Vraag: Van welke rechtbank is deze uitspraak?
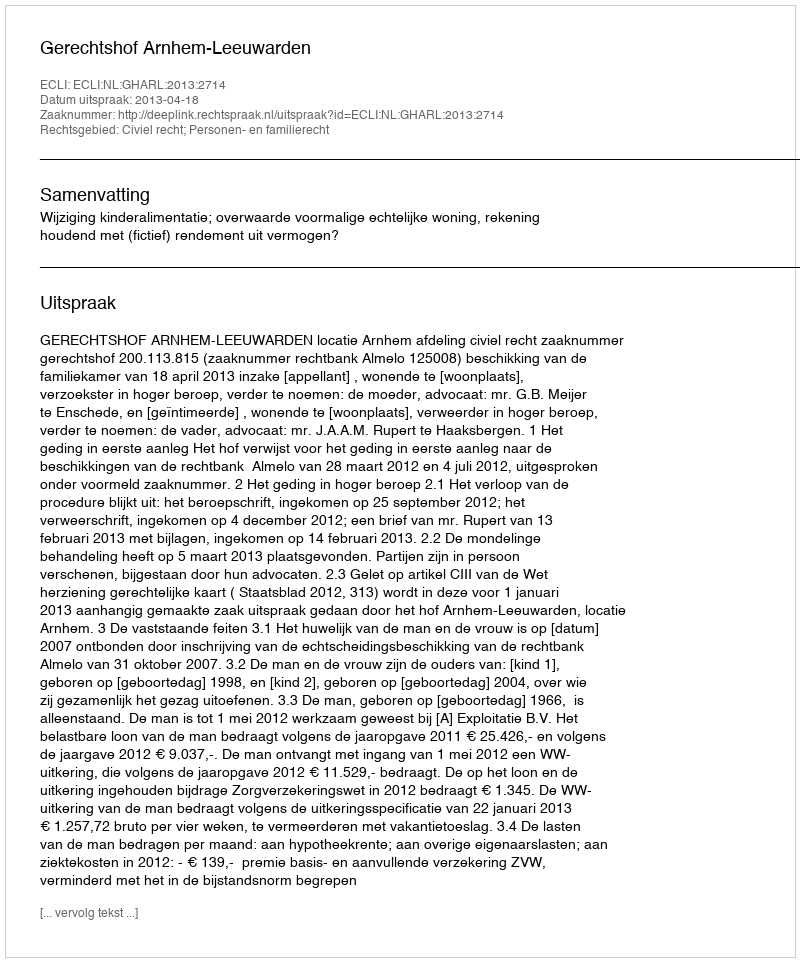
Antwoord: Gerechtshof Arnhem-Leeuwarden